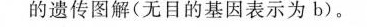
的遗传图解(无目的基因表示为b)。